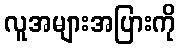
လူအများအပြားကို